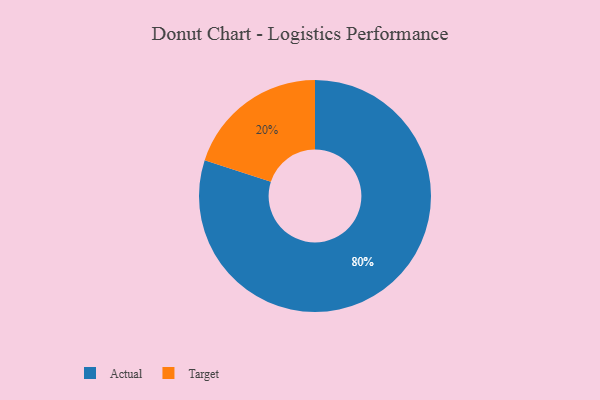
{"axis": {"x": "Category", "y": "Percentage"}, "legend": ["Actual", "Target"], "data": [{"x": "Actual", "y": 80, "type": "Actual"}, {"x": "Target", "y": 20, "type": "Target"}]}